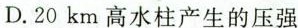
D.20km高水柱产生的压强